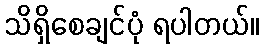
သိရှိစေချင်ပုံ ရပါတယ်။